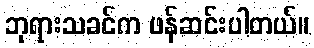
ဘုရားသခင်က ဖန်ဆင်းပါတယ်။